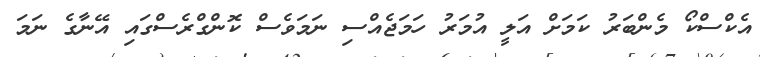
އެކްސްކޯ މެންބަރު ކަމަށް އަލީ އުމަރު ހަމަޖެއްސި ނަމަވެސް ކޮންގްރެސްގައި އޭނާގެ ނަމަ